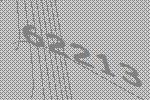
62213